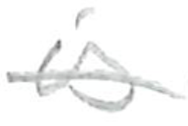
Text: is
Cross-out: single-line
Writing tool: pencil